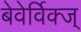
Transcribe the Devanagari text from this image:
बेवेर्विक्ज्